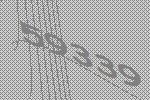
59339